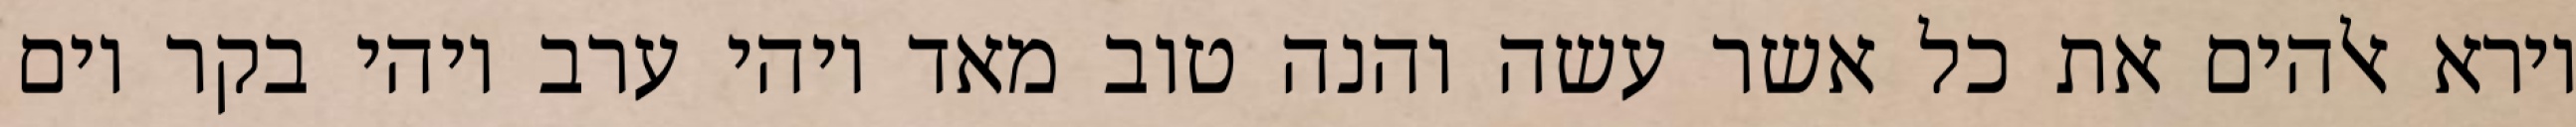
וירא אלהים את כל אשר עשה והנה טוב מאד ויהי ערב ויהי בקר יום